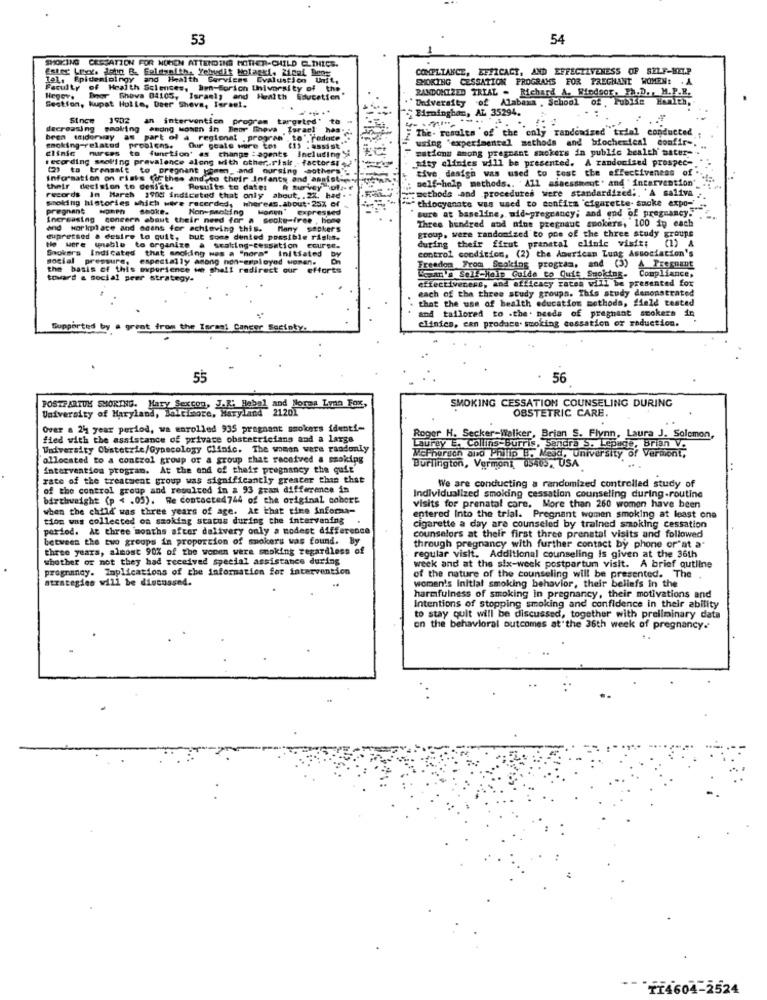
53
54
SMOKING CESSATION FOR NCHEN ATTENDING MOTHER-CHILD CLINICS.
Ester Lexx. John B. Goldsmith, Yehudit Molagki, Ziemi Deny
COMPLIANCE, EFFICACY, AND EFFECTIVENESS OF SELF-HELP
Iel, Epidemioingy and Health Services Evaluation Unft,
SMOKING CESSATION PROGRAMS FOR PREGNANT WOMEN:
Faculty of Health Sciences, Ben-forich University of the
Hegev.
Beer Sheva 84105, Israely and Health Education"
University of Alabama , School
RANDOMIZED TRIAL . Richard A. Medsor, Ph.D. , H.P.R.
Section, kupat Holle, Daer Sheva, Israel.
Mminghan, AL 35294.
Since 1902 an intervention progrem targeted"
decreasing smoking among women in Beer Sheva Israel has.
the. results 'of the only randomized trial conducted
bren tidurway as part of a regional .program , to", reduce
using 'experimental methods and biochemical confir -.
clinic
smoking-related problems. Our geale wore tos (15 . assist"
nurses to function' as change :agents Including Si
cations among pregnant suckers in public health' sater-
recording seol'ing prevalence along with other .. risk factorsis?
sity clindes will be presented. A randomized prospec-
(2) to trensalt to pregnant women_ and oursing eothers',
tive design was used to test the effectiveness of
Information on risks (othes andeso their Infants and assist.e .,
self-help methods .. 'All assessment" and "intervention'
their decision to dessst.
Results to date: A survey of ..
methods and procedures were standardized ;. 'A saliva
records In March 1900 indicated that only about. . 2%, had
thiocyanote was used to confirm cigarette smoke expo-"
smoking histories which were recorded, whereas. about.25% of
Non-packing
Honen' expressed
sure at baseline, mid-pregrancy; and end of pregnancy."
increasing concern cbaut their need for a secke-free , home
Three hundred and aine pregnaut smokers, 100 ip each
and workplace and scans for achieving this.
Many socker's
group, were randomized to poe of the three study groups
eupressed & desire to quit, but Some dented possible risks.
He were (piable to organize & seating-cessation course.
during their ffrut pranatal elinie visit; (1) &
control condition, (2) the American Lung Association's
Smokers Indicated that anolding wes a "nora" Initiated by
social pressure, especially among non-employed women.
the basis of this experience we shall redirect our efforts
Freedom From Sepking program, and (3) A Pregnant
toward a social peer strategy-
Lean a Self-Hain Guide to Quit Smoking. Compliance,
effectiveness, and efficacy rates will be presented fox
each of the three study groups. This study demonstrated
that the use of health education methods, field tested
and tailored to .the. needs of pregnant smokers in
clinics, ean prodace. smoking cessation or reduction.
Supported b
55
56
POSTPARTUM SHORING. Mary Sexcon, J.L: Hebal and Nores Lynn Fox,
University of Maryland, Baltimore, Maryland
SMOKING CESSATION COUNSELING DURING
OBSTETRIC CARE.
Over a 24 year period, wa enrolled 935 pregnant smokers identi-
Roger H. Secker-Walker, Brian S. Flynn, Laura J. Solomon,
fied with the assistance of private obstetricians and a large
Laurey E. Collins-Burris, Sandra S. Lepage, Brian V.
University Obstetric/Gynecology Clinic. The women ware randonly
McPherson ano Philip B. Mead, University of Vermont,
allocated to a control group or a group that received a smoking
Burlington, Vermont 05403, USA
intervention program. At the end of their pregnancy the quit
rate of the treatment group was significantly greater than that
We are conducting a randomized controlled study of
of the control group and resulted in a 93 gran difference in
birthweight (p < . 03). We contacted744 of the original cobort
Individualized smoking cessation counseling during-routine
when the child' was three years of age. At that time informa-
visits for prenatal care. More than 260 women have been
tion was collected oa smoking status during the intervening .
entered Into the trial. Pregnant women smoking at least one
period. At three months after delivery only a modest difference
cigarette a day are counseled by trained smoking cessation
between the two groups in proportion of smokers was found. By
counselors at their first three prenatal visits and followed
three years, almost 90% of the wonen were smoking regardless of
through pregnancy with further contact by phone or"at a
whether or not they had received special assistance during
regular visit. Additional counseling is given at the 36th
pregnancy. Implications of the information for intervention
week and at the six-week postpartum visit. A brief outline
strategies will be discussed.
of the nature of the counseling will be presented. The
women's Initial smoking behavior, their beliefs in the
harmfulness of smoking in pregnancy, their motivations and
Intentions of stopping smoking and confidence in their ability
to stay quit will be discussed, together with preliminary data
on the behavioral outcomes at the 36th week of pregnancy.
"TI4604-2524